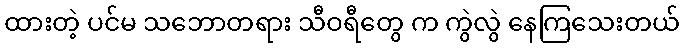
ထားတဲ့ ပင်မ သဘောတရား သီဝရီတွေ က ကွဲလွဲ နေကြသေးတယ်